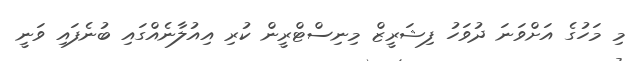
މި މަހުގެ އަށްވަނަ ދުވަހު ފިޝަރީޒް މިނިސްޓްރީން ކުރި އިއުލާނެއްގައި ބުނެފައި ވަނީ